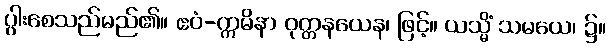
ပွါးစေသည်မည်၏။ ဧဝံ-ဣမိနာ ဝုတ္တနယေန၊ ဖြင့်။ ယသ္မိံ သမယေ၊ ၌။